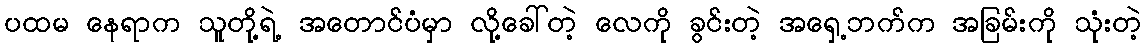
ပထမ နေရာက သူတို့ရဲ့ အတောင်ပံမှာ လို့ခေါ်တဲ့ လေကို ခွင်းတဲ့ အရှေ့ဘက်က အခြမ်းကို သုံးတဲ့